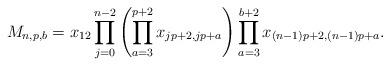
LaTeX: \begin{gather*}M_{n,p,b} =x_{12} \prod_{j=0}^{n-2} \left( \prod_{a=3}^{p+2} x_{j p+2, jp+a}\right) \prod_{a=3}^{b+2} x_{(n-1) p +2, (n-1) p +a}.\end{gather*}